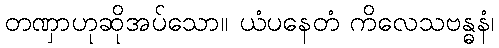
တဏှာဟုဆိုအပ်သော။ ယံပနေတံ ကိလေသဗန္ဓနံ၊